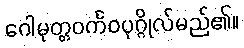
ဂေါမုတ္တဝင်္ကဝပုဂ္ဂိုလ်မည်၏။